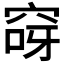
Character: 𮃽